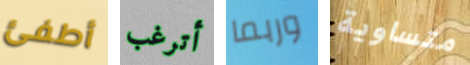
أطفئ أترغب وربما متساوية